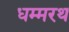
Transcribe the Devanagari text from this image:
धम्मरथ